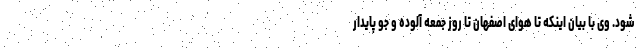
شود. وی با بیان اینکه تا هوای اصفهان تا روز جمعه آلوده و جو پایدار